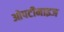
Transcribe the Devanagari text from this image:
ओपटीमाइज